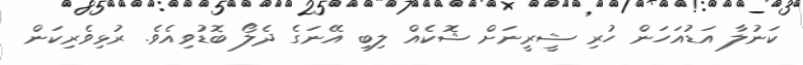
ކަނުލާ އަޑުއަހަން ހުރި ޝީރީނަށް ޝޮކެއް ލިބި އޭނަގެ ދެލޯ ބޮޑުވިއެވެ. ރުޅިވެރިކަން